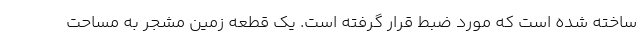
ساخته شده است که مورد ضبط قرار گرفته است. یک قطعه زمین مشجر به مساحت